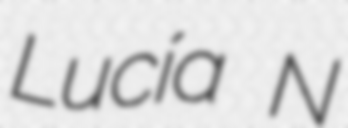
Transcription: Lucía N